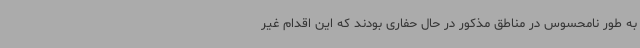
به طور نامحسوس در مناطق مذکور در حال حفاری بودند که این اقدام غیر